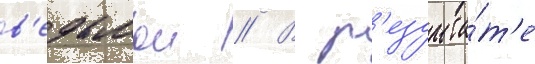
в'едьмои // В р'езульта́т'е